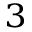
^ 3